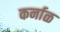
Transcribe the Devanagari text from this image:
कर्नाळ